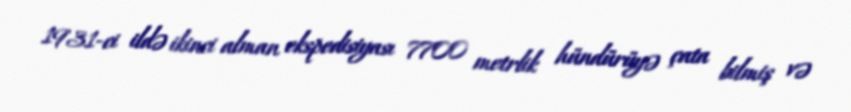
1931-ci ildə ikinci alman ekspedisiyası 7700 metrlik hündürüyə çata bilmiş və